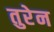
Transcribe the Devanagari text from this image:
तुरेन